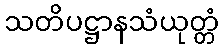
သတိပဋ္ဌာနသံယုတ္တံ